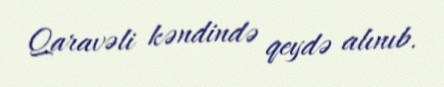
Qaravəli kəndində qeydə alınıb.